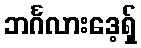
ဘင်္ဂလားဒေ့ရှ်